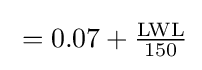
{\textstyle {}=0.07+{{\text{LWL}} \over 150}}